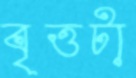
বৃত্তটা